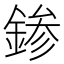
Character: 𨨕